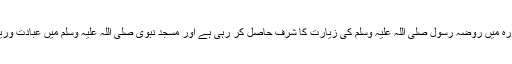
ایک بڑی تعداد مدینہ منورہ میں روضہ رسول صلی اللہ علیہ وسلم کی زیارت کا شرف حاصل کر رہی ہے اور مسجد نبوی صلی اللہ علیہ وسلم میں عبادت وریاضت میں مصروف ہے۔